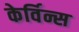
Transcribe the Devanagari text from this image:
केर्विन्स